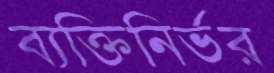
ব্যক্তিনির্ভর